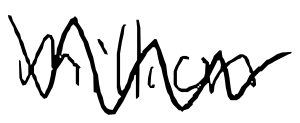
Text: million
Cross-out: zig-zag
Writing tool: digital_black